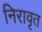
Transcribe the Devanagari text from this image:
निरावृत